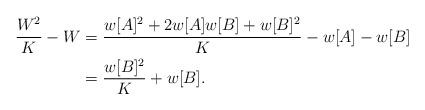
LaTeX: \begin{align*} \frac{W^2}{K}-W &= \frac{w[A]^2+2w[A]w[B]+w[B]^2}{K}-w[A]-w[B]\\ &=\frac{w[B]^2}{K} + w[B]. \end{align*}